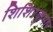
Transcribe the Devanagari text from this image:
शिशिरकुमार